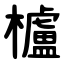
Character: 櫨